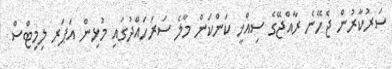
ސަރުކާރުން ޖެހޭނެ ރާއްޖޭގެ ސިއްޚީ ކަންކަން މާލެ ސަރަހައްދުގައި މުޅިން އަޕަރ ލިމިޓްސް